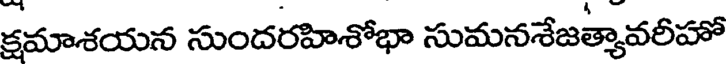
కమాశయన సుందరహిశోభా సుమనశేజత్యావలీహో